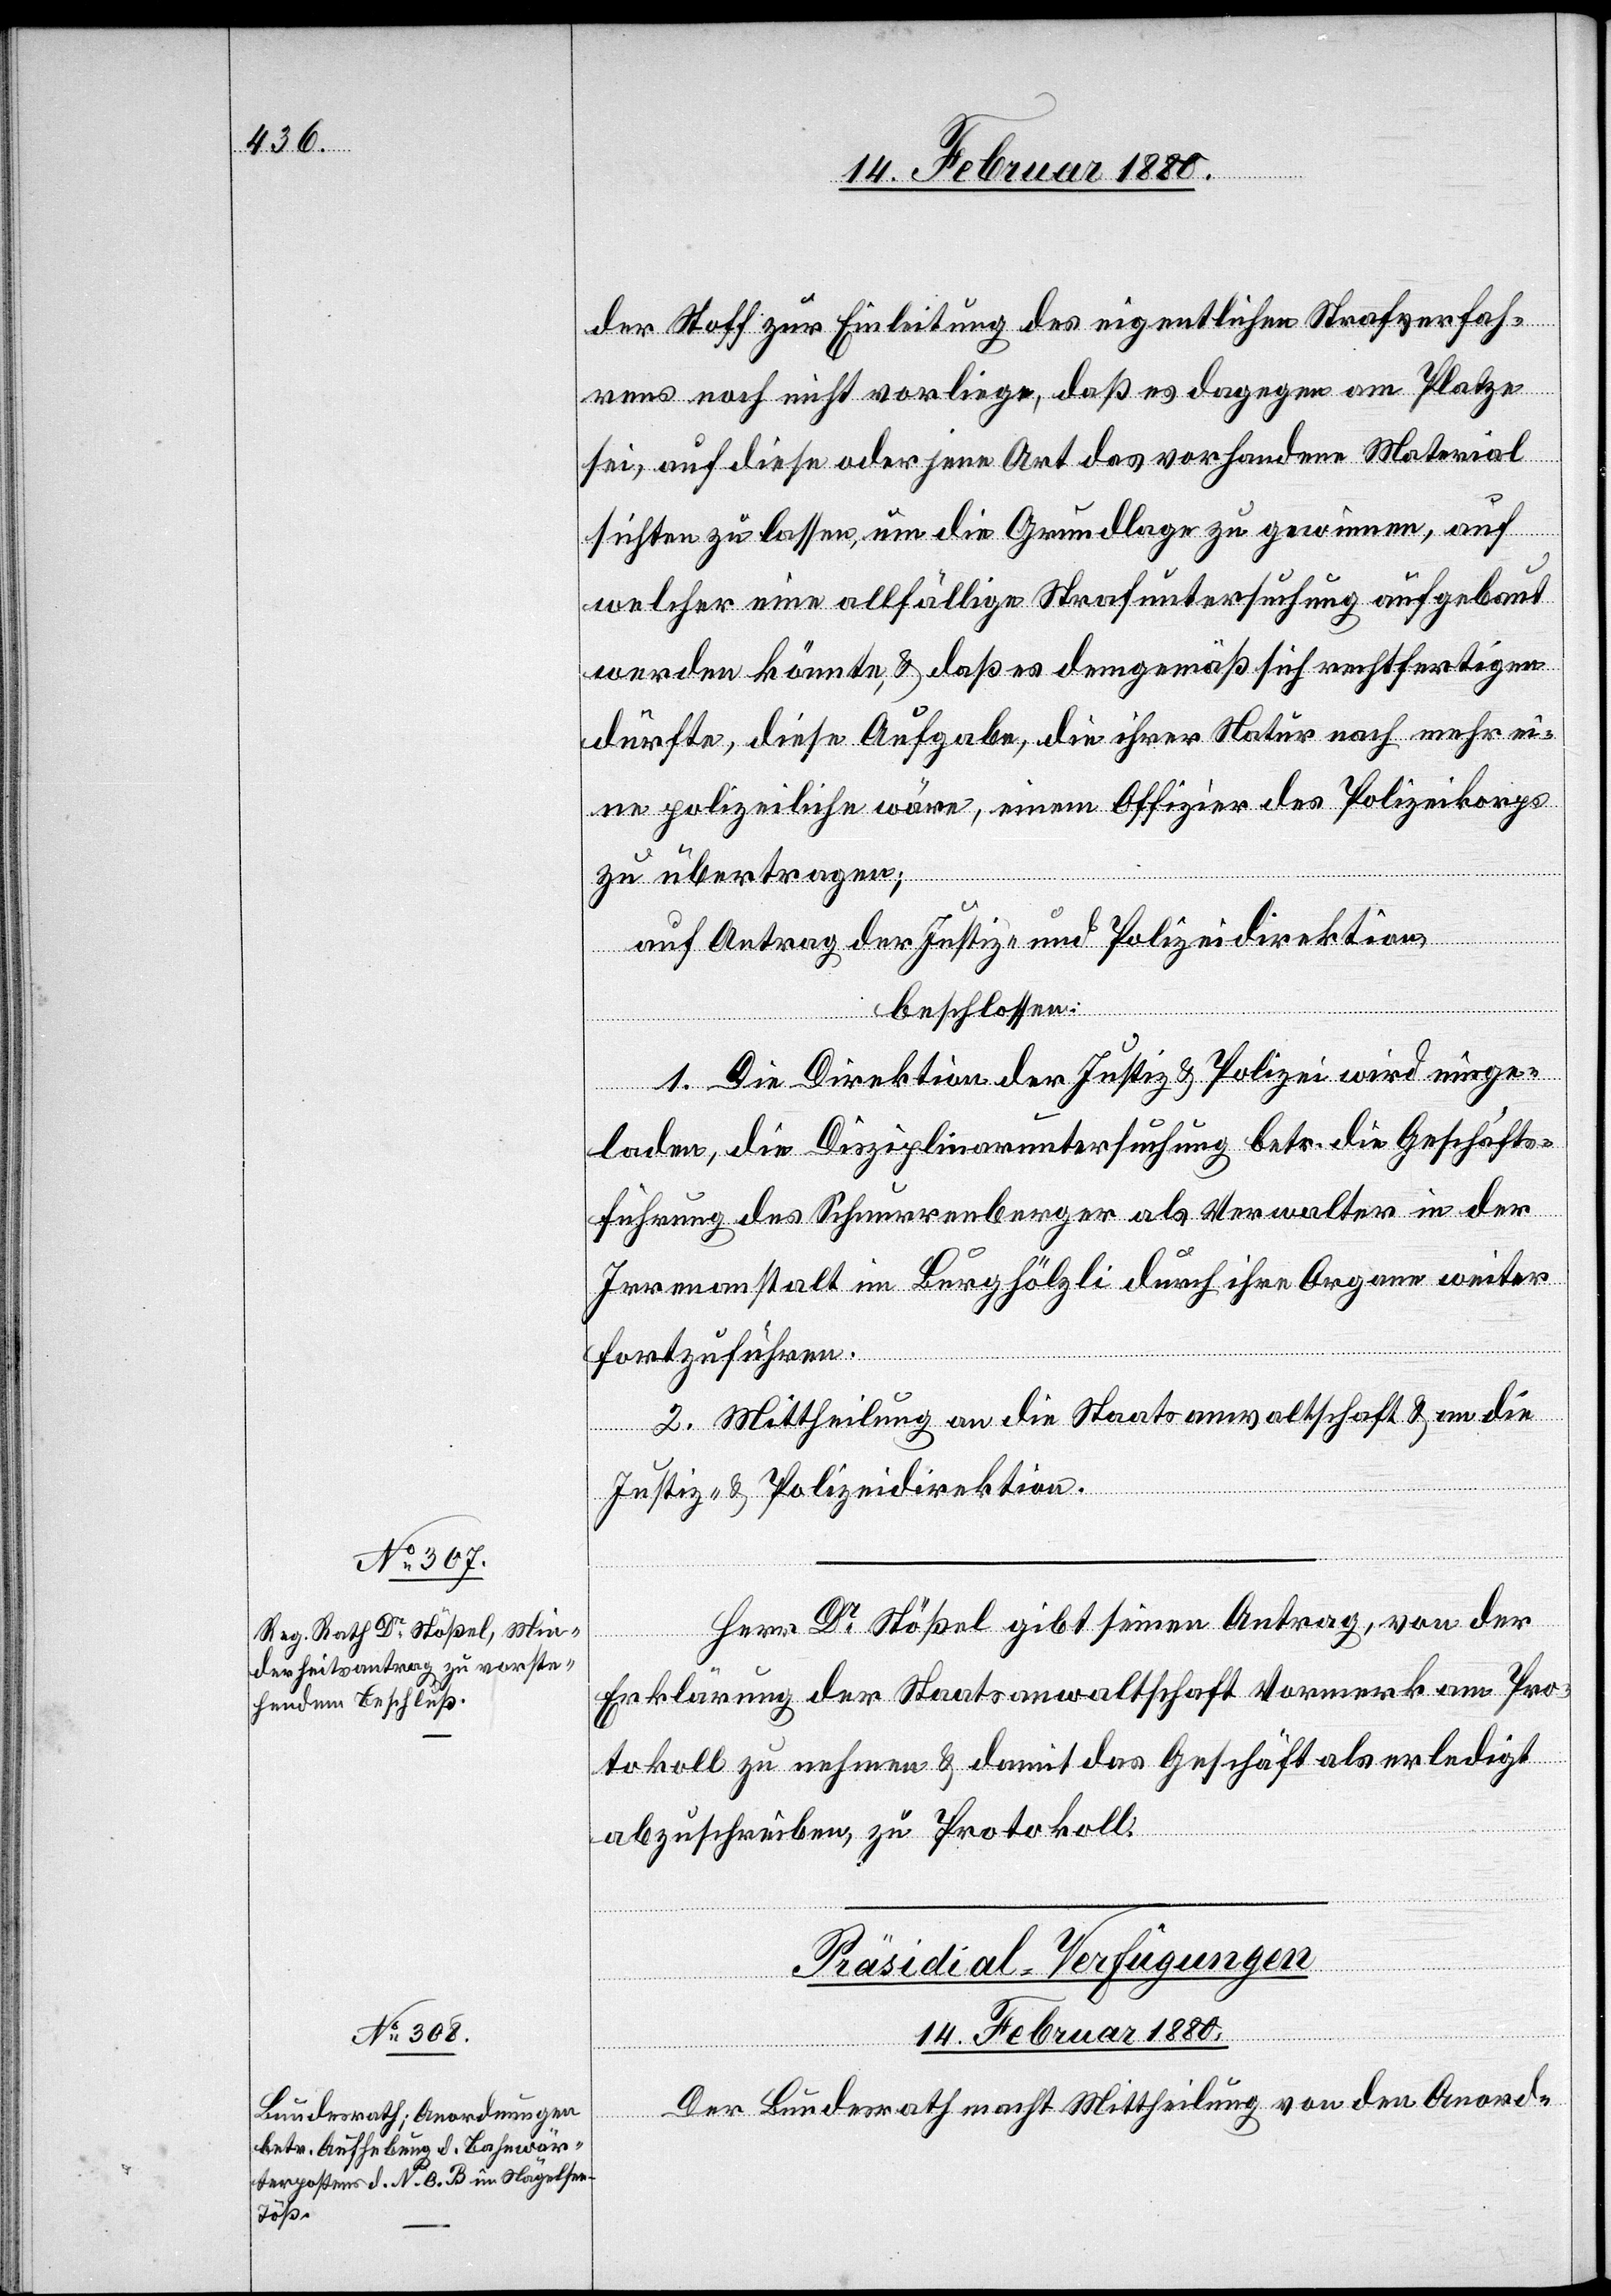
der Stoff zur Einleitung des eigentlichen Strafverfah¬
rens noch nicht vorliege, daß es dagegen am Platze
sei, auf diese oder jene Art das vorhandene Material
sichten zu lassen, um die Grundlage zu gewinnen, auf
welcher eine allfällige Strafuntersuchung aufgebaut
werden könnte, & daß es demgemäß sich rechtfertigen
dürfte, diese Aufgabe, die ihrer Natur nach mehr ei¬
ne polizeiliche wäre, einem Offizier des Polizeikorps
zu übertragen;
auf Antrag der Justiz- & Polizeidirektion,
beschlossen:
1. Die Direktion der Justiz & Polizei wird einge¬
laden, die Disziplinaruntersuchung betr. die Geschäfts¬
führung des Scheurrenberger als Verwalter in der
Irrenanstalt im Burghölzli durch ihre Organe weiter
fortzuführen.
2. Mittheilung an die Staatsanwaltschaft & an die
Justiz- & Polizeidirektion.
Herr Dr Stößel gibt seinen Antrag, von der
Erklärung der Staatsanwaltschaft Vormerk am Pro¬
tokoll zu nehmen & damit das Geschäft als erledigt
abzuschreiben, zu Protokoll.
Präsidial-Verfügungen.
14. Februar 1880.
Der Bundesrath macht Mittheilung von den Anord-